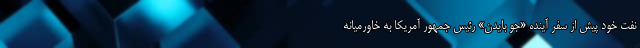
نفت خود پیش از سفر آینده «جو بایدن» رئیس جمهور آمریکا به خاورمیانه